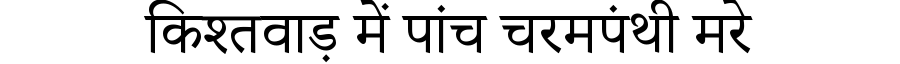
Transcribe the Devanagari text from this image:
किश्तवाड़ में पांच चरमपंथी मरे